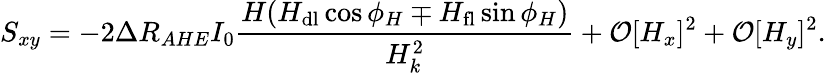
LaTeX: S_{xy}=-2\Delta R_{AHE}I_{0}\frac{H(H_{\mathrm{dl}}\cos{\phi_{H}}\mp H_{\mathrm{fl}}\sin{\phi_{H}})}{H_{k}^{2}}+\mathcal{O}[H_{x}]^{2}+\mathcal{O}[H_{y}]^{2}.